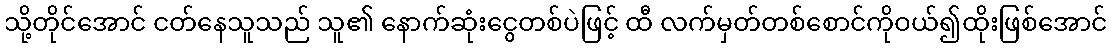
သို့တိုင်အောင် ငတ်နေသူသည် သူ၏ နောက်ဆုံးငွေတစ်ပဲဖြင့် ထီ လက်မှတ်တစ်စောင်ကိုဝယ်၍ထိုးဖြစ်အောင်